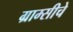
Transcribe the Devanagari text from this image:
ग्राम्सीचे